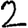
Digit: 2